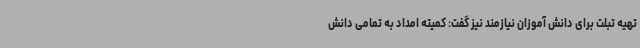
تهیه تبلت برای دانش آموزان نیازمند نیز گفت: کمیته امداد به تمامی دانش